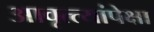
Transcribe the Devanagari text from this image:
आवृत्त्यांपेक्षा